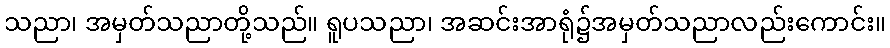
သညာ၊ အမှတ်သညာတို့သည်။ ရူပသညာ၊ အဆင်းအာရုံ၌အမှတ်သညာလည်းကောင်း။